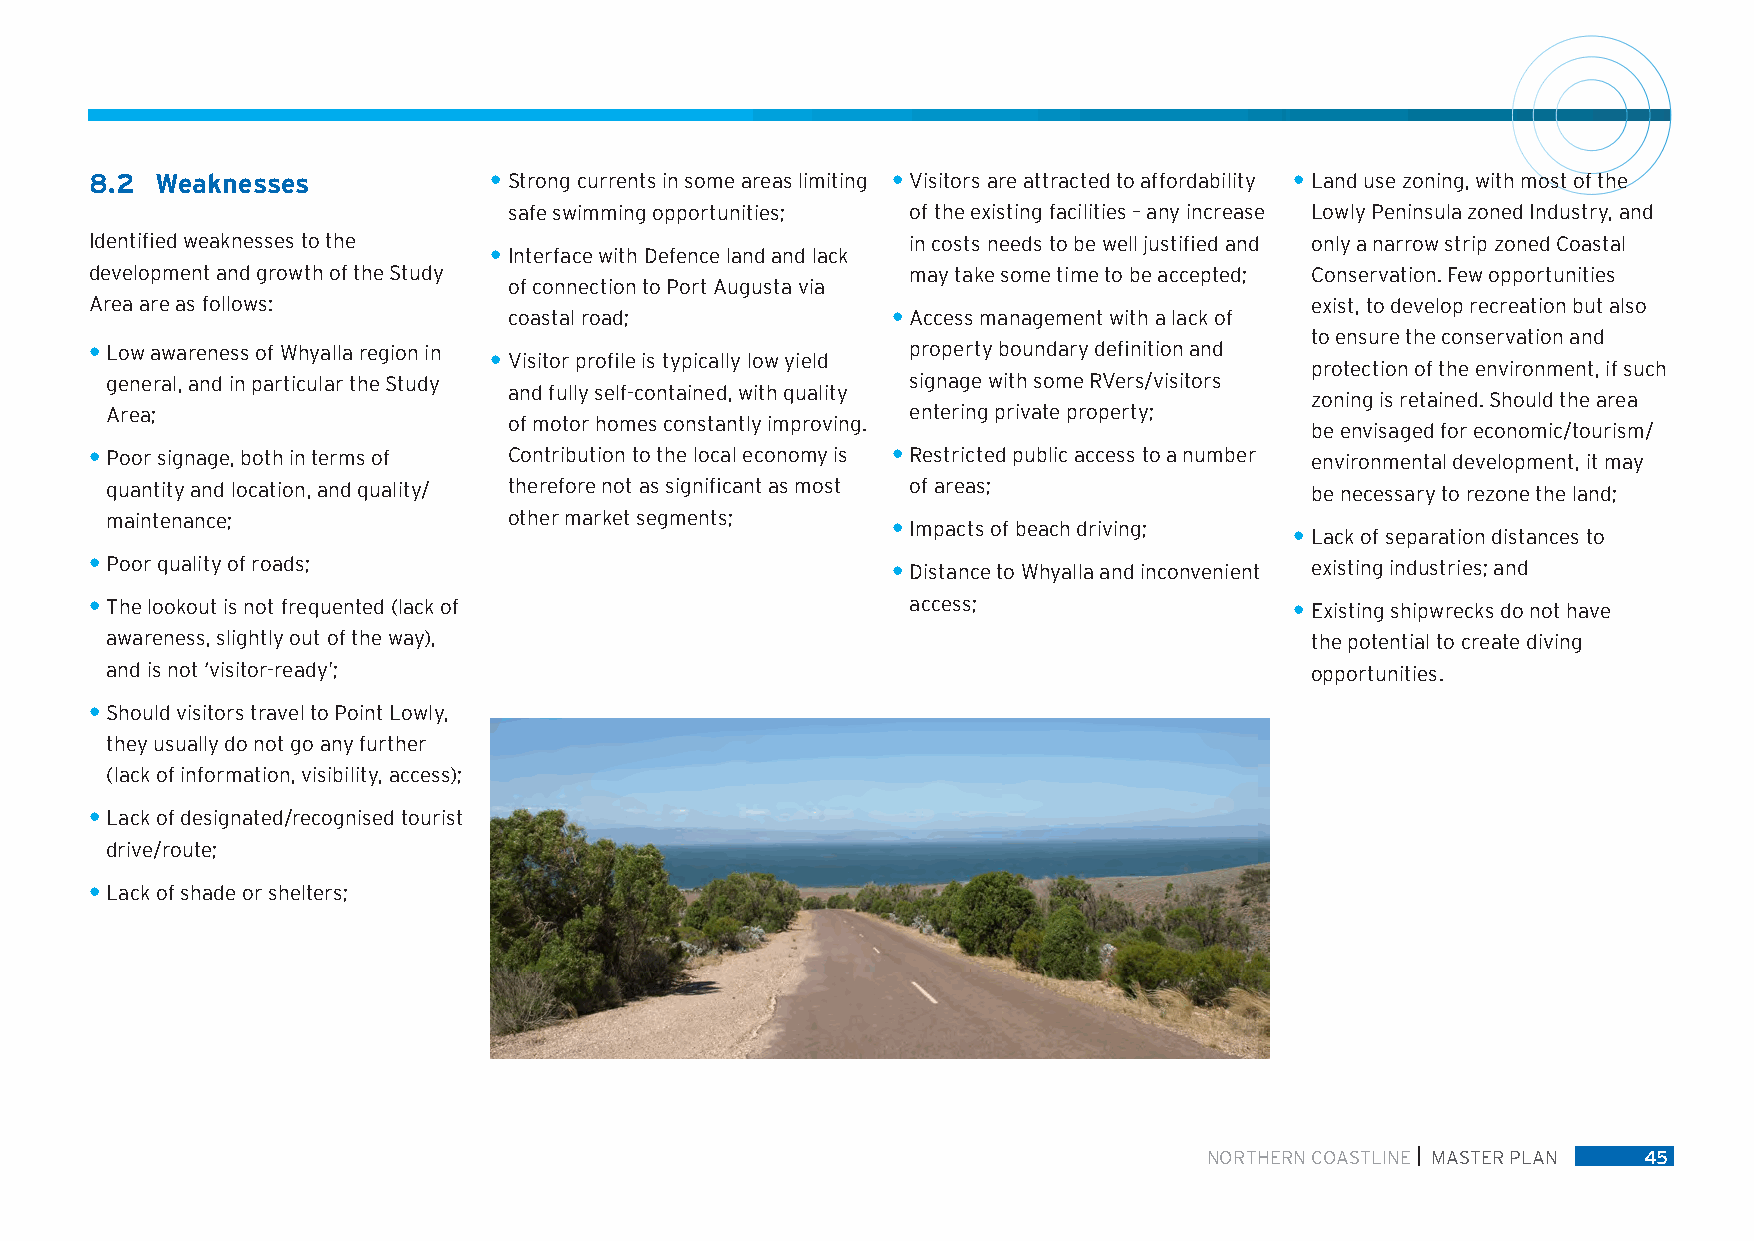
8.2 Weaknesses            • Strong currents in some areas limiting • Visitors are attracted to affordability • Land use zoning, with most of the
 safe swimming opportunities; of the existing facilities – any increase Lowly Peninsula zoned Industry, and
 Identified weaknesses to the                          in costs needs to be well justified and only a narrow strip zoned Coastal
 • Interface with Defence land and lack
 development and growth of the Study                   may take some time to be accepted; Conservation. Few opportunities
 of connection to Port Augusta via
 Area are as follows:                                                             exist, to develop recreation but also
 coastal road;            • Access management with a lack of
 to ensure the conservation and
 • Low awareness of Whyalla region in                  property boundary definition and
 • Visitor profile is typically low yield
 protection of the environment, if such
 general, and in particular the Study                 signage with some RVers/visitors
 and fully self-contained, with quality
 zoning is retained. Should the area
 Area;                                                entering private property;
 of motor homes constantly improving.
 be envisaged for economic/tourism/
 • Poor signage, both in terms of Contribution to the local economy is • Restricted public access to a number environmental development, it may
 quantity and location, and quality/ therefore not as significant as most of areas; be necessary to rezone the land;
 maintenance;               other market segments;
 • Impacts of beach driving; • Lack of separation distances to
 • Poor quality of roads;                             • Distance to Whyalla and inconvenient existing industries; and
 • The lookout is not frequented (lack of              access;                   • Existing shipwrecks do not have
 awareness, slightly out of the way),                                            the potential to create diving
 and is not ‘visitor-ready’;                                                     opportunities.
 • Should visitors travel to Point Lowly,
 they usually do not go any further
 (lack of information, visibility, access);
 • Lack of designated/recognised tourist
 drive/route;
 • Lack of shade or shelters;
 NORTHERN COASTLINE MASTER PLAN 45